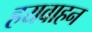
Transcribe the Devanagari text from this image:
हयवाहन